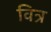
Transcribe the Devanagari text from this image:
वित्र